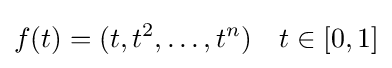
f(t)=(t,t^{2},\ldots ,t^{n})\,\,\,\,\,\,t\in [0,1]